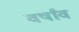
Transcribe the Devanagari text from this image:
वर्षांव